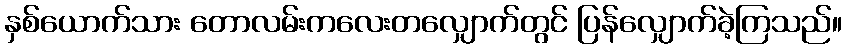
နှစ်ယောက်သား တောလမ်းကလေးတလျှောက်တွင် ပြန်လျှောက်ခဲ့ကြသည်။